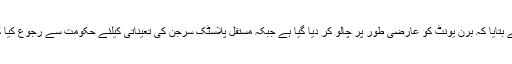
انہوںنے بتایا کہ برن یونٹ کو عارضی طور پر چالو کر دیا گیا ہے جبکہ مستقل پلاسٹک سرجن کی تعیناتی کیلئے حکومت سے رجوع کیا گیا ہے۔